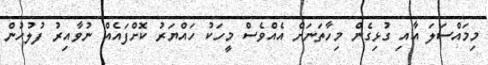
މިމައްސަލަ އާއި ގުޅިގެން މިހާތަނަށް އެއްވެސް މީހަކު ހައްޔަރު ކޮށްފައެއް ނުވާއިރު ފުލުހުން